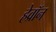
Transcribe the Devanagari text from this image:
हेव्रॉन